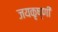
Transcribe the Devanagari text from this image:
जयकृष्णी